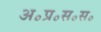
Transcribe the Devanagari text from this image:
अ॰प्र॰स॰स॰